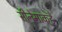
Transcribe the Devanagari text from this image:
सीनेमाकडे